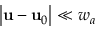
\left| \mathbf { u } - \mathbf { u } _ { 0 } \right| \ll w _ { a }